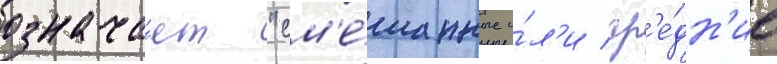
означа́ет "см'е́шанные и́л'и ср'е́дн'ие